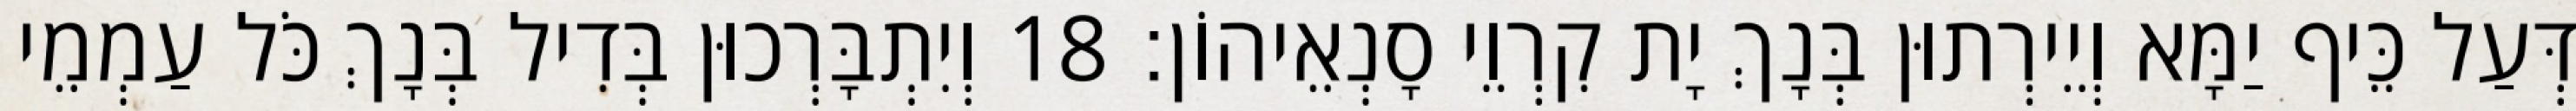
דְּעַל כֵּיף יַמָּא וְיֵירְתוּן בְּנָךְ יָת קִרְוֵי סָנְאֵיהוֹן׃ 18 וְיִתְבָּרְכוּן בְּדִיל בְּנָךְ כֹּל עַמְמֵי